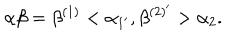
\alpha \beta = \beta ^ { ( 1 ) } < \alpha _ { 1 ^ { \prime } } , \beta ^ { ( 2 ) ^ { \prime } } > \alpha _ { 2 } .